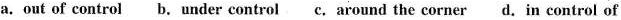
a. out of control b. under control c. around the corner d. In control of